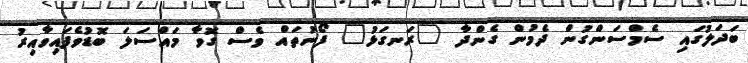
ބަދަލުގައި ސެމްސަންގުން ދެމުން ގެންދާ "ރަނގަޅު" ފޯނުތައް ވެސް ގޮވާ މައްސަލަ ބޮޑުވެފައިވާއިރު